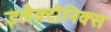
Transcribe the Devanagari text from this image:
इलैक्टौनिक्स